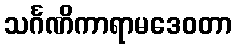
သင်္ဂဏိကာရာမဒေဝတာ